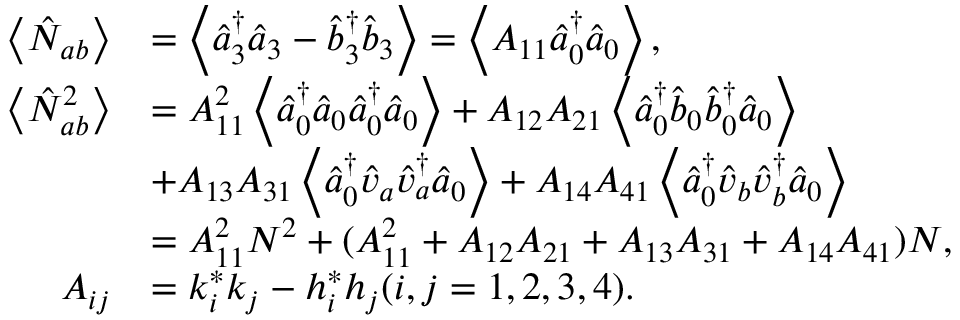
\begin{array} { r l r } { \left\langle \hat { N } _ { a b } \right\rangle } & { = \left\langle \hat { a } _ { 3 } ^ { \dag } \hat { a } _ { 3 } - \hat { b } _ { 3 } ^ { \dag } \hat { b } _ { 3 } \right\rangle = \left\langle A _ { 1 1 } \hat { a } _ { 0 } ^ { \dag } \hat { a } _ { 0 } \right\rangle , } & \\ { \left\langle \hat { N } _ { a b } ^ { 2 } \right\rangle } & { = A _ { 1 1 } ^ { 2 } \left\langle \hat { a } _ { 0 } ^ { \dag } \hat { a } _ { 0 } \hat { a } _ { 0 } ^ { \dag } \hat { a } _ { 0 } \right\rangle + A _ { 1 2 } A _ { 2 1 } \left\langle \hat { a } _ { 0 } ^ { \dag } \hat { b } _ { 0 } \hat { b } _ { 0 } ^ { \dag } \hat { a } _ { 0 } \right\rangle } & \\ & { + A _ { 1 3 } A _ { 3 1 } \left\langle \hat { a } _ { 0 } ^ { \dag } \hat { v } _ { a } \hat { v } _ { a } ^ { \dag } \hat { a } _ { 0 } \right\rangle + A _ { 1 4 } A _ { 4 1 } \left\langle \hat { a } _ { 0 } ^ { \dag } \hat { v } _ { b } \hat { v } _ { b } ^ { \dag } \hat { a } _ { 0 } \right\rangle } & \\ & { = A _ { 1 1 } ^ { 2 } N ^ { 2 } + ( A _ { 1 1 } ^ { 2 } + A _ { 1 2 } A _ { 2 1 } + A _ { 1 3 } A _ { 3 1 } + A _ { 1 4 } A _ { 4 1 } ) N , } & \\ { A _ { i j } } & { = k _ { i } ^ { \ast } k _ { j } - h _ { i } ^ { \ast } h _ { j } ( i , j = 1 , 2 , 3 , 4 ) . } & \end{array}